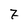
Character: 7